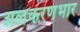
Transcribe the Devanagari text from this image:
अलंकरणभार